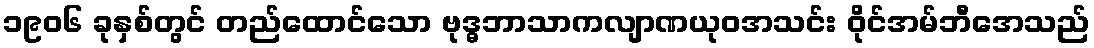
၁၉၀၆ ခုနှစ်တွင် တည်ထောင်သော ဗုဒ္ဓဘာသာကလျာဏယုဝအသင်း ဝိုင်အမ်ဘီအေသည်